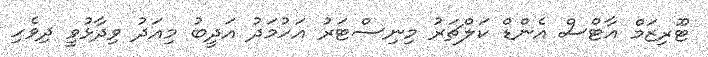
ޓޫރިޒަމް އާޓްސް އެންޑް ކަލްޗަރު މިނިސްޓަރު އަހުމަދު އަދީބު މިއަދު ވިދާޅުވީ ދިވެހި